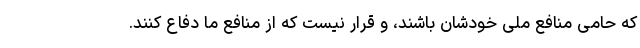
که حامی منافع ملی خودشان باشند، و قرار نیست که از منافع ما دفاع کنند.